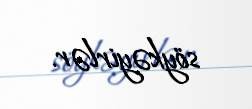
söykəyirlər.